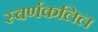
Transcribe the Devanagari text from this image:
स्वर्णकलिल